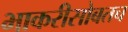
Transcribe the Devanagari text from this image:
भाकरीसोबतच